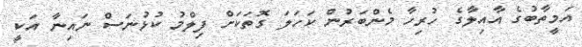
އަމީތާބުގެ އާއިލާގެ ހުރިހާ މެންބަރުން ކަހަލަ ގޮތަކަށް ފިލްމު ކުޅުނަސް ނައިނާ އަކީ